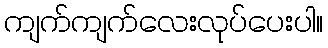
ကျက်ကျက်လေးလုပ်ပေးပါ။